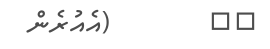
٦٦        (އެއުރެން